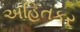
અહિતકર